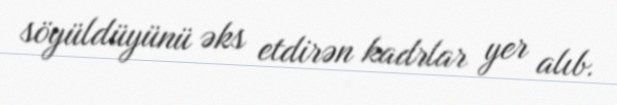
söyüldüyünü əks etdirən kadrlar yer alıb.